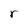
Character: r